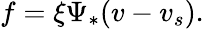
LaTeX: f=\xi\Psi_{*}(v-v_{s}).